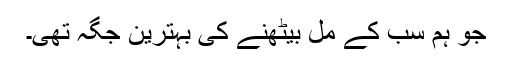
جو ہم سب کے مل بیٹھنے کی بہترین جگہ تھی۔